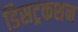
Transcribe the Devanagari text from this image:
डिसट्रकशन